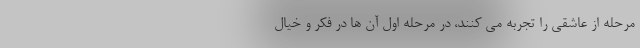
مرحله از عاشقی را تجربه می کنند، در مرحله اول آن ها در فکر و خیال